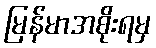
မြန်မာအစိုးရမှ